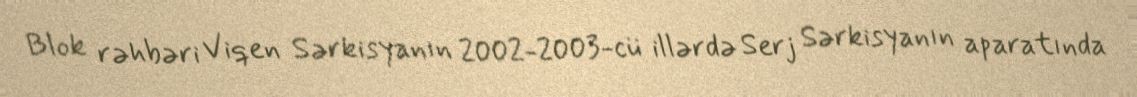
Blok rəhbəri Viqen Sərkisyanın 2002-2003-cü illərdə Serj Sərkisyanın aparatında